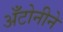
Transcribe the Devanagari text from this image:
अँटोनीने